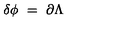
\delta \phi \ = \ \partial \Lambda